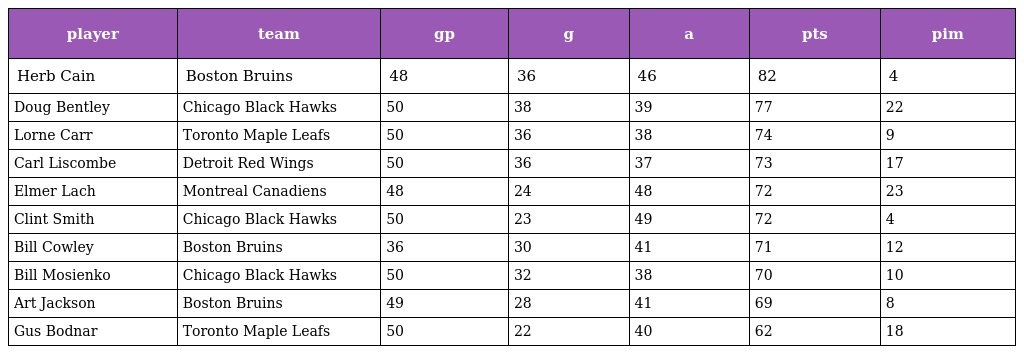
| player | team | gp | g | a | pts | pim |
 | --- | --- | --- | --- | --- | --- | --- |
 | Herb Cain | Boston Bruins | 48 | 36 | 46 | 82 | 4 |
 | Doug Bentley | Chicago Black Hawks | 50 | 38 | 39 | 77 | 22 |
 | Lorne Carr | Toronto Maple Leafs | 50 | 36 | 38 | 74 | 9 |
 | Carl Liscombe | Detroit Red Wings | 50 | 36 | 37 | 73 | 17 |
 | Elmer Lach | Montreal Canadiens | 48 | 24 | 48 | 72 | 23 |
 | Clint Smith | Chicago Black Hawks | 50 | 23 | 49 | 72 | 4 |
 | Bill Cowley | Boston Bruins | 36 | 30 | 41 | 71 | 12 |
 | Bill Mosienko | Chicago Black Hawks | 50 | 32 | 38 | 70 | 10 |
 | Art Jackson | Boston Bruins | 49 | 28 | 41 | 69 | 8 |
 | Gus Bodnar | Toronto Maple Leafs | 50 | 22 | 40 | 62 | 18 |